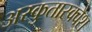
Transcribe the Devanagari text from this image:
अस्कुतास्क्वैश